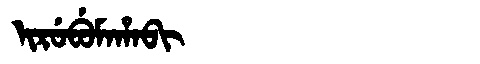
Manchu: ᡳᡵᡠᠪᡠᠮᠠᡥᠠᠪᡳ
Romanization: IRUBUMAHABI